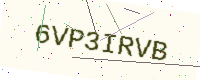
Text: 6VP3IRVB